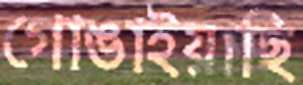
গোঙাইয়াছি